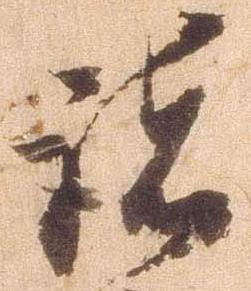
諸